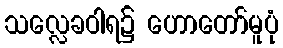
သလ္လေခဝါရ၌ ဟောတော်မူပုံ